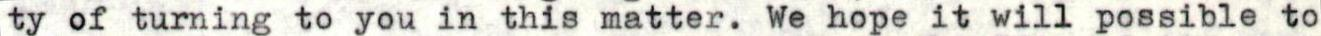
ty of turning to you in this matter. We hope it will possible to